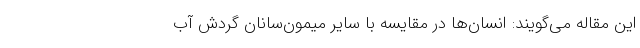
این مقاله می‌گویند: انسان‌ها در مقایسه با سایر میمون‌سانان گردش آب